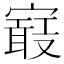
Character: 𡫉